Standardisation of Calmette's anti-venomous serum with pure cobra venom - Number 1
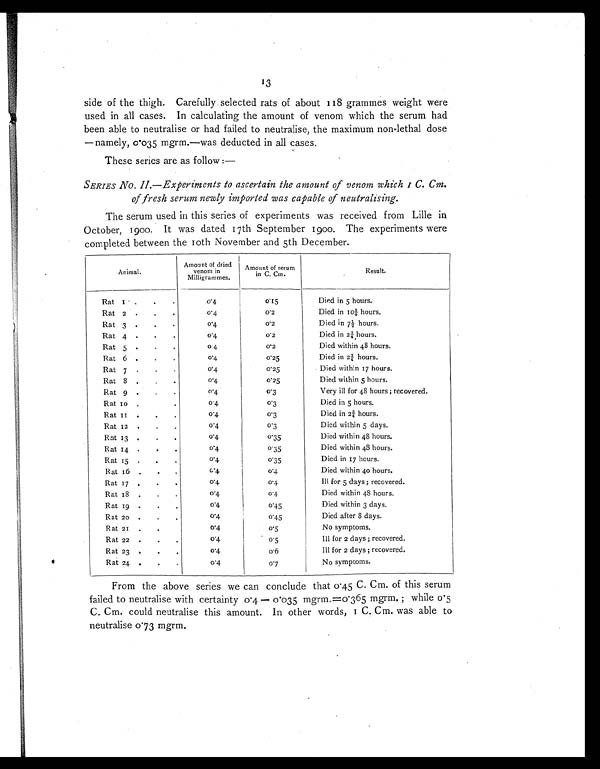
13
side of the thigh. Carefully selected rats of about 118 grammes weight were
used in all cases. In calculating the amount of venom which the serum had
been able to neutralise or had failed to neutralise, the maximum non-lethal dose
—namely, 0.035 mgrm.—was deducted in all cases.
These series are as follow:—
SERIES NO. II.—Experiments to ascertain the amount of venom which 1 C. Cm.
of fresh serum newly imported was capable of neutralising.
The serum used in this series of experiments was received from Lille in
October, 1900. It was dated 17th September 1900. The experiments were
completed between the 10th November and 5th December.
A n i m a l .
Amount of dried
venom in
Milligrammes.
Amount of serum
in C. Cm.
Result.
Rat 1
. . .
0.4
0.15
Died in 5 hours.
Rat 2 . . .
0.4
0.2
Died in 10¾ hours.
Rat 3 . . .
0.4
0.2
Died in 7½ hours.
Rat 4 . . .
0 . 4
0.2
Died in 2¾ hours.
Rat 5 . . .
0.4
0.2
Died within 48 hours.
Rat 6 . . .
0.4
0.25
Died in 2¾ hours.
Rat 7 . . .
0.4
0.25
Died within 17 hours.
Rat 8 . . .
0.4
0 . 2 5 Died within 5 hours.
Rat 9 . . .
0.4
0.3
Very ill for 48 hours; recovered.
Rat 10 .
.
0 . 4
0.3
Died in 5 hours.
Rat 11 . . .
0 . 4
0.3
Died in 2¾ hours.
Rat 12 . . .
0.4
0.3
Died within 5 days.
Rat 13 . . .
0.4
0.35
Died within 48 hours.
Rat 14 . . .
0.4
0.35
Died within 48 hours.
Rat 15 . . .
0 . 4
0.35
Died in 17 hours.
Rat 16 . . .
0.4
0.4
Died within 40 hours.
Rat 17 . . .
0.4
0.4
Ill for 5 days; recovered.
Rat 18 .
.
.
0.4
0 . 4
Died within 48 hours.
Rat 19 . . .
0.4
0.45
Died within 3 days.
Rat 20 . . .
0.4
0.45
Died after 8 days.
Rat 21 . .
0.4
0.5
No symptoms.
Rat 22 . . .
0.4
0.5
Ill for 2 days; recovered.
Rat 23 . . .
0.4
0 . 6
Ill for 2 days; recovered.
Rat 24 .
.
.
0.4
0 . 7
No symptoms.
From the above series we can conclude that 0.45 C. Cm. of this serum
failed to neutralise with certainty 0.4 — 0.035 mgrm.=0.365 mgrm.; while 0.5
C. Cm. could neutralise this amount. In other words, 1 C. Cm. was able to
neutralise 0.73 mgrm.